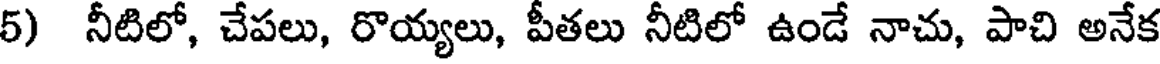
5) నీటిలో, చేపలు, రొయ్యలు, పీతలు నీటిలో ఉండే నాచు, పాచి అనేక